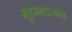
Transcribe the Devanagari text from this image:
मुहम्मदाजवळ